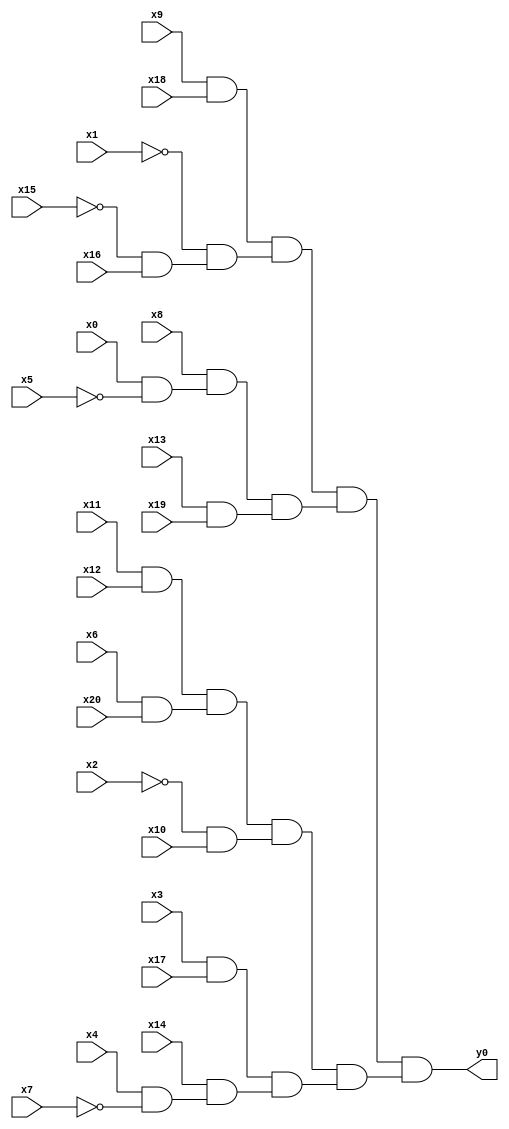
module top( x0 , x1 , x2 , x3 , x4 , x5 , x6 , x7 , x8 , x9 , x10 , x11 , x12 , x13 , x14 , x15 , x16 , x17 , x18 , x19 , x20 , y0 );
  input x0 , x1 , x2 , x3 , x4 , x5 , x6 , x7 , x8 , x9 , x10 , x11 , x12 , x13 , x14 , x15 , x16 , x17 , x18 , x19 , x20 ;
  output y0 ;
  wire n22 , n23 , n24 , n25 , n26 , n27 , n28 , n29 , n30 , n31 , n32 , n33 , n34 , n35 , n36 , n37 , n38 , n39 , n40 , n41 ;
  assign n22 = x9 & x18 ;
  assign n23 = ~x15 & x16 ;
  assign n24 = ~x1 & n23 ;
  assign n25 = n22 & n24 ;
  assign n26 = x0 & ~x5 ;
  assign n27 = x8 & n26 ;
  assign n28 = x13 & x19 ;
  assign n29 = n27 & n28 ;
  assign n30 = n25 & n29 ;
  assign n31 = x11 & x12 ;
  assign n32 = x6 & x20 ;
  assign n33 = n31 & n32 ;
  assign n34 = ~x2 & x10 ;
  assign n35 = n33 & n34 ;
  assign n36 = x3 & x17 ;
  assign n37 = x4 & ~x7 ;
  assign n38 = x14 & n37 ;
  assign n39 = n36 & n38 ;
  assign n40 = n35 & n39 ;
  assign n41 = n30 & n40 ;
  assign y0 = n41 ;
endmodule